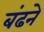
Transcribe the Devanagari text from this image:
बंढने